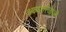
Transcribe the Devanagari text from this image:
अवधारिजोजी